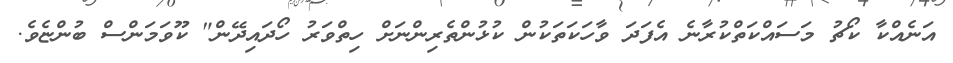
އަނެއްކާ ކޯޗު މަސައްކަތްކުރާނެ އެފަދަ ވާހަކަތަކުން ކުޅުންތެރިންނަށް ހިތްވަރު ހޯދައިދޭން" ކޫވަމަންސް ބުންޏެވެ.